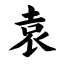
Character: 袁